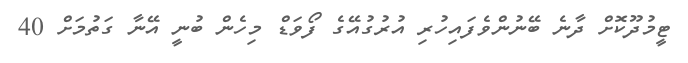
ޓީމުދޫކޮށް ދާނެ ބޭނުންވެފައިހުރި އުރުގުއޭގެ ފޯވަޑް މިހެން ބުނީ އޭނާ ގަތުމަށް 40